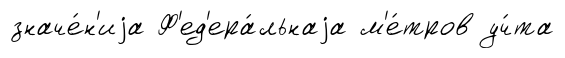
значе́н'иjа Ф'ед'ера́льнаjа м'е́тров уч́та